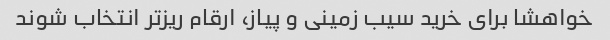
خواهشا برای خرید سیب زمینی و پیاز، ارقام ریزتر انتخاب شوند